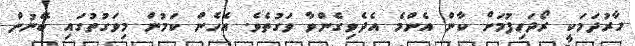
ހާރުދަމަކީ ރޯދަހިފުމަށް ކާން އެންމެ އެދެވިގެންވާ ވަގުތެވެ. އެހެން ކަމުން މިވަގުތުގައި ބޭނުން